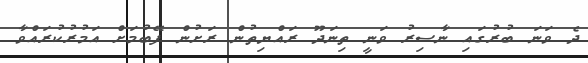
ދެ ވަނަ ބުރުގައި ނާސިރު ވަނީ ތިނަދޫ ރައްޔިތުން ރަށުން ފޭބުމަށް އަމުރުކުރައްވާ